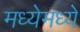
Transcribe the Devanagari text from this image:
मध्येमध्ये